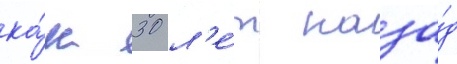
ка́к 30 л'е́т наза́д